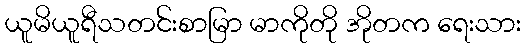
ယူမိယူရီသတင်းစာမြာ မာကိုတို အိုတက ရေးသား